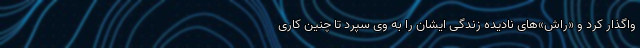
واگذار کرد و «راش‌»‌های نادیده زندگی ایشان را به وی سپرد تا چنین کاری